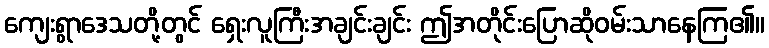
ကျေးရွာဒေသတို့တွင် ရှေးလူကြီးအချင်းချင်း ဤအတိုင်းပြောဆိုဝမ်းသာနေကြ၏။